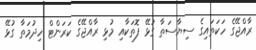
ރާއްޖޭގެ ހަކަތައިގެ ސިޔާސަތާ ގުޅޭ ފޮތަކާއި މުޅި ރާއްޖޭގެ ކަރަންޓް ހިދުމަތާ ގުޅޭ